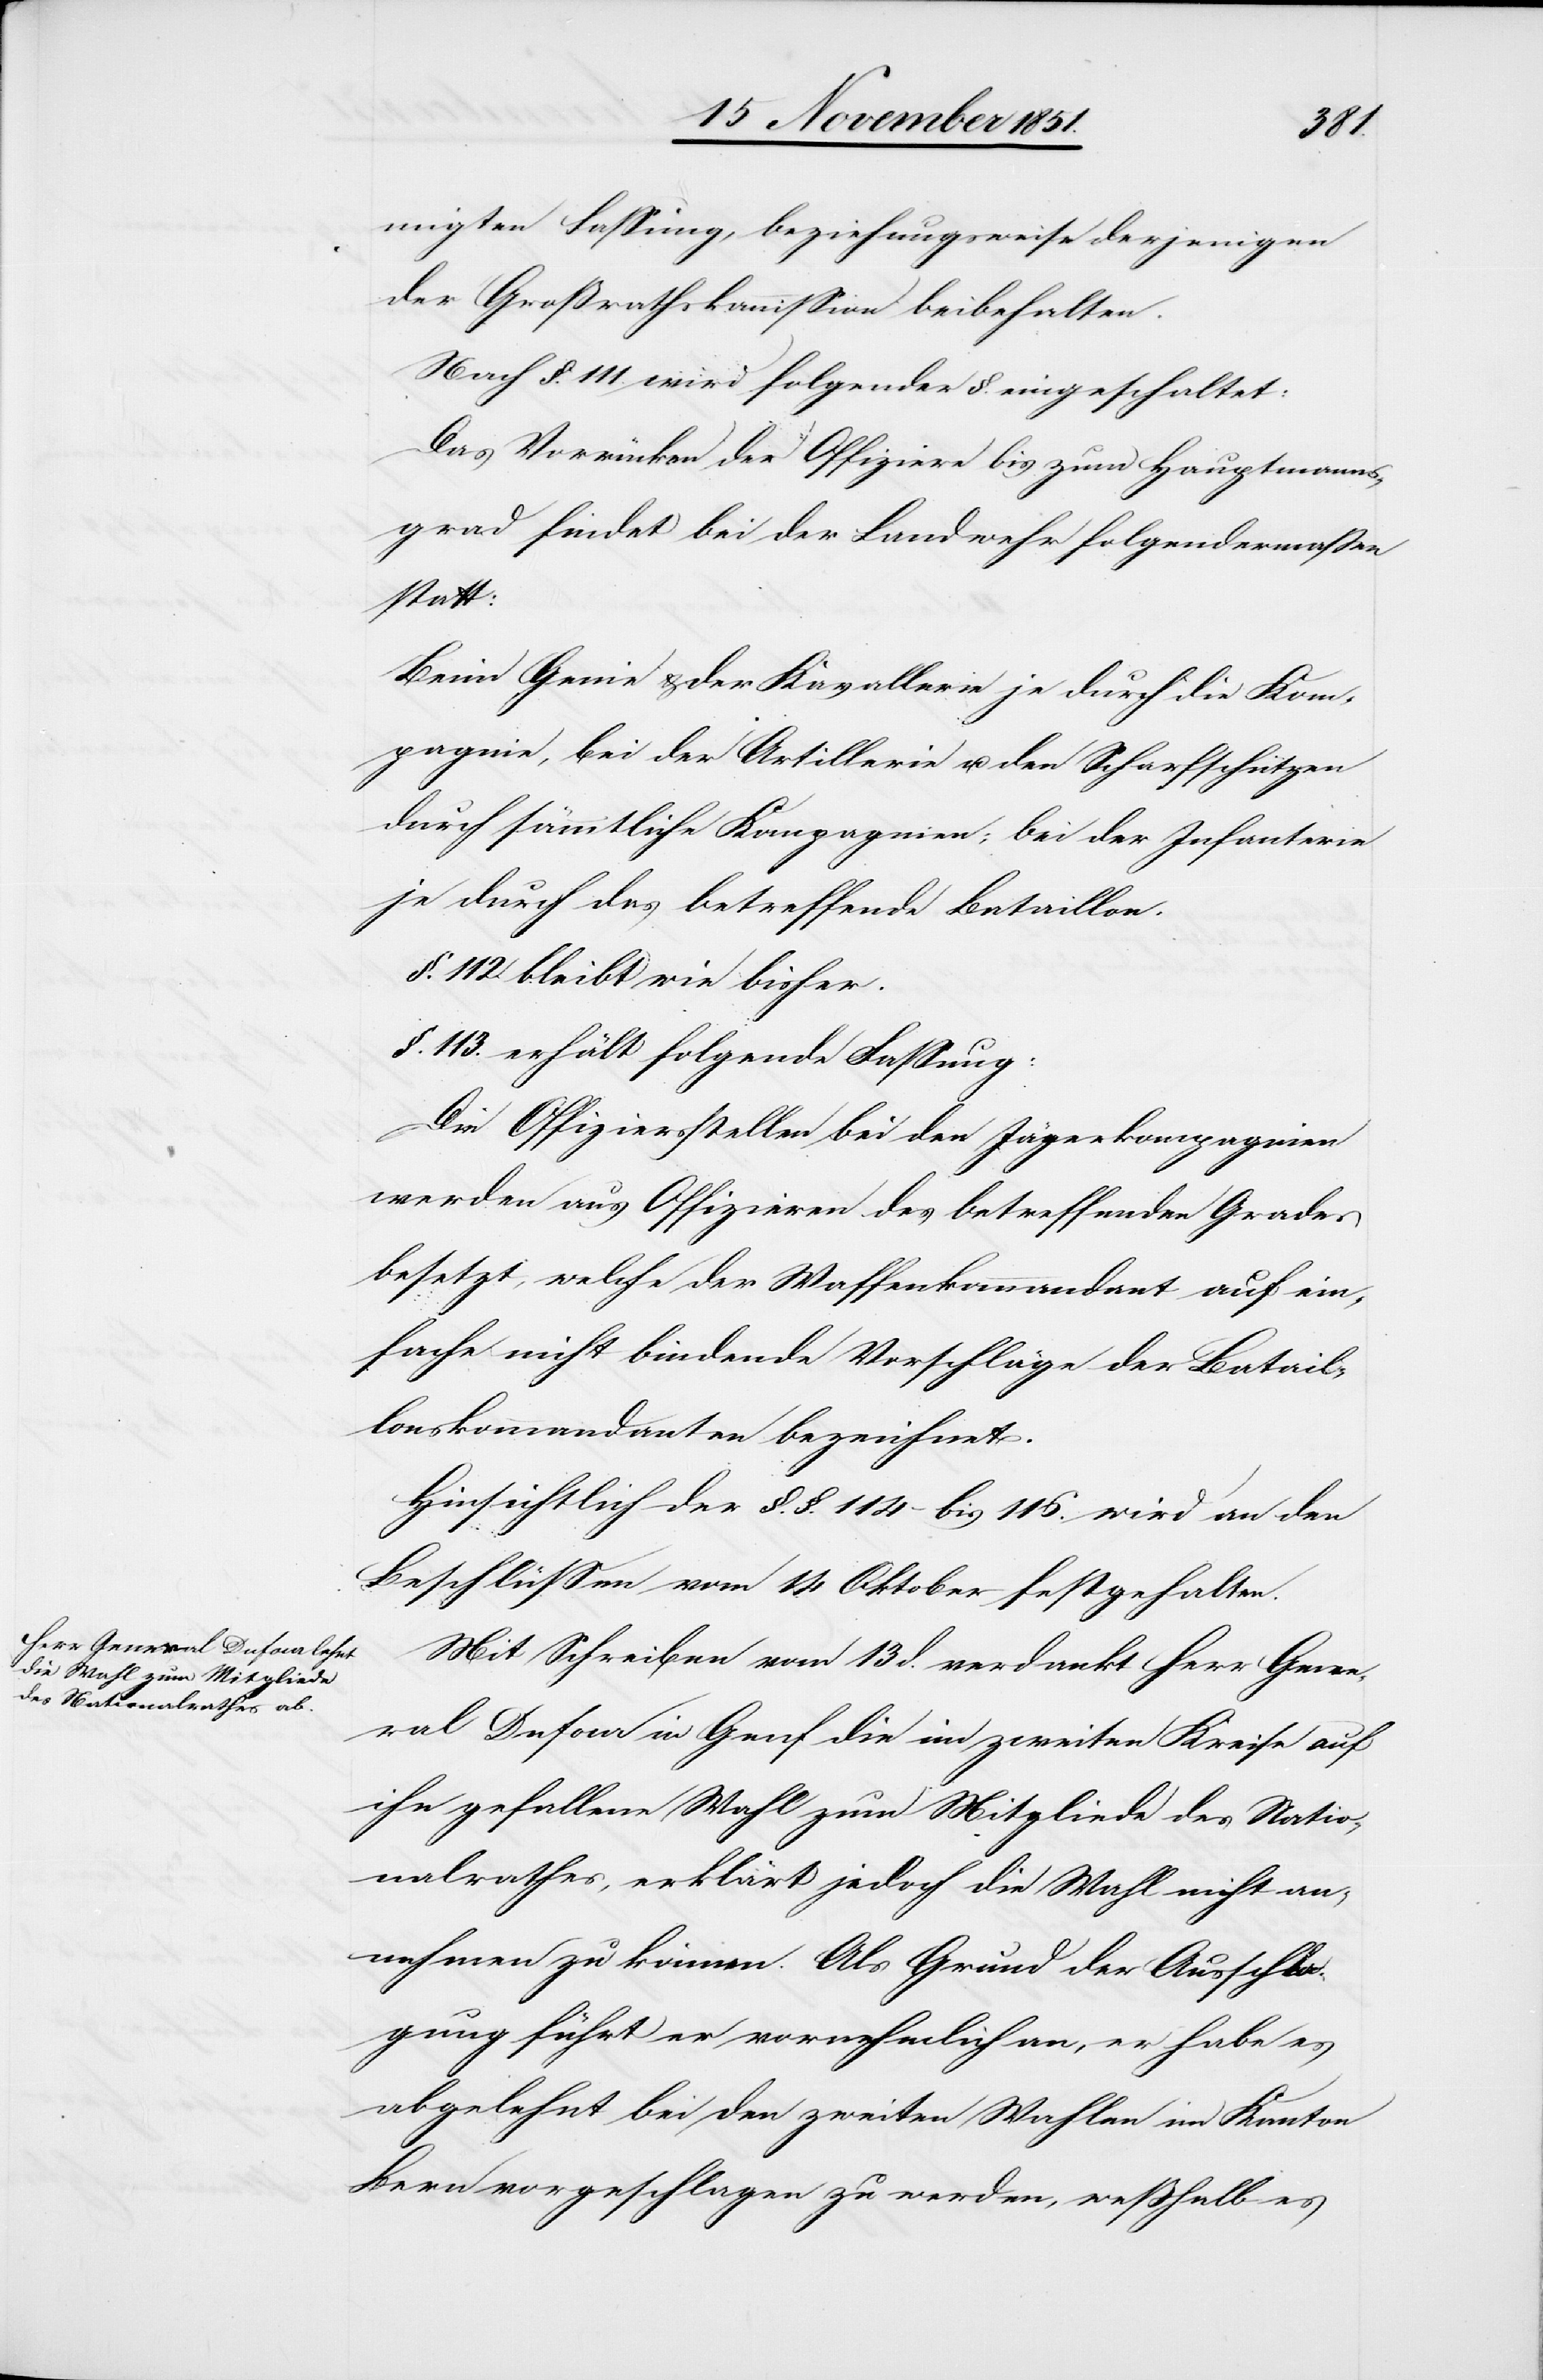
migten Fassung, beziehungsweise derjenigen
der Großrathskommission beibehalten.
Nach §. 111. wird folgender §. eingeschaltet:
Das Vorrücken der Offiziere bis zum Hauptmanns¬
grad findet bei der Landwehr folgendermaßen
statt:
Beim Genie & der Kavallerie je durch die Kom¬
pagnie, bei der Artillerie u. den Scharfschützen
durch sämmtliche Kompagnien; bei der Infanterie
je durch das betreffende Bataillon.
§. 112. bleibt wie bisher.
§. 113. erhält folgende Fassung:
Die Offiziersstellen bei den Jägerkompagnien
werden aus Offizieren des betreffenden Grades
besetzt, welche der Waffenkommandant auf ein¬
fache nicht bindende Vorschläge der Batail¬
lonskommandanten bezeichnet.
Hinsichtlich der §.§. 114 – bis 116. wird an den
Beschlüssen vom 14 October festgehalten.
Mit Schreiben vom 13 d. verdankt Herr Gene¬
ral Dufour in Genf die im zweiten Kreise auf
ihn gefallene Wahl zum Mitgliede des Natio¬
nalrathes, erklärt jedoch die Wahl nicht an¬
nehmen zu können. Als Grund der Ausschla¬
gung führt er vornehmlich an, er habe es
abgelehnt bei den zweiten Wahlen im Kanton
Bern vorgeschlagen zu werden, weßhalb es